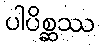
ပါပိစ္ဆဿ